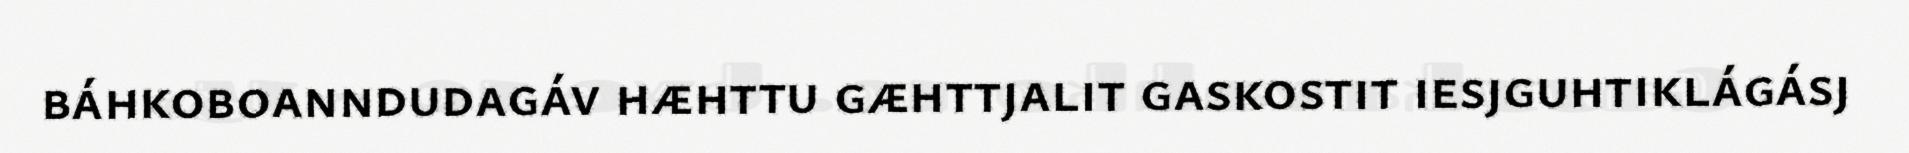
báhkoboanndudagáv hæhttu gæhttjalit gaskostit iesjguhtiklágásj